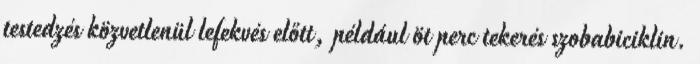
testedzés közvetlenül lefekvés előtt, például öt perc tekerés szobabiciklin.